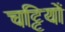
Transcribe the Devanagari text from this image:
चट्टियों